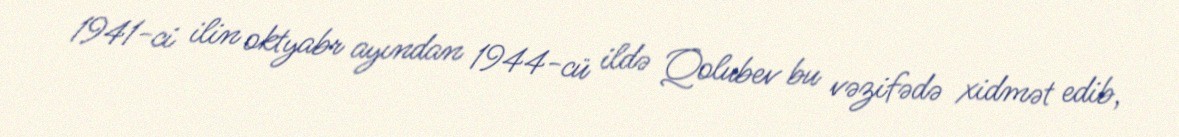
1941-ci ilin oktyabr ayından 1944-cü ildə Qolubev bu vəzifədə xidmət edib,